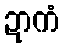
ဍာကံ